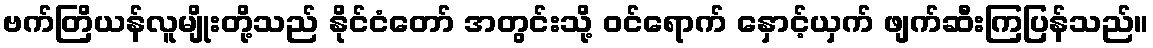
ဗက်တြိယန်လူမျိုးတို့သည် နိုင်ငံတော် အတွင်းသို့ ဝင်ရောက် နှောင့်ယှက် ဖျက်ဆီးကြပြန်သည်။